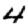
Digit: 4